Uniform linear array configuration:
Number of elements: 12
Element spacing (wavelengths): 0.25
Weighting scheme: hamming
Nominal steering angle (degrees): -45
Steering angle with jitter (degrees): -44.157
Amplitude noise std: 0.05
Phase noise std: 0.05

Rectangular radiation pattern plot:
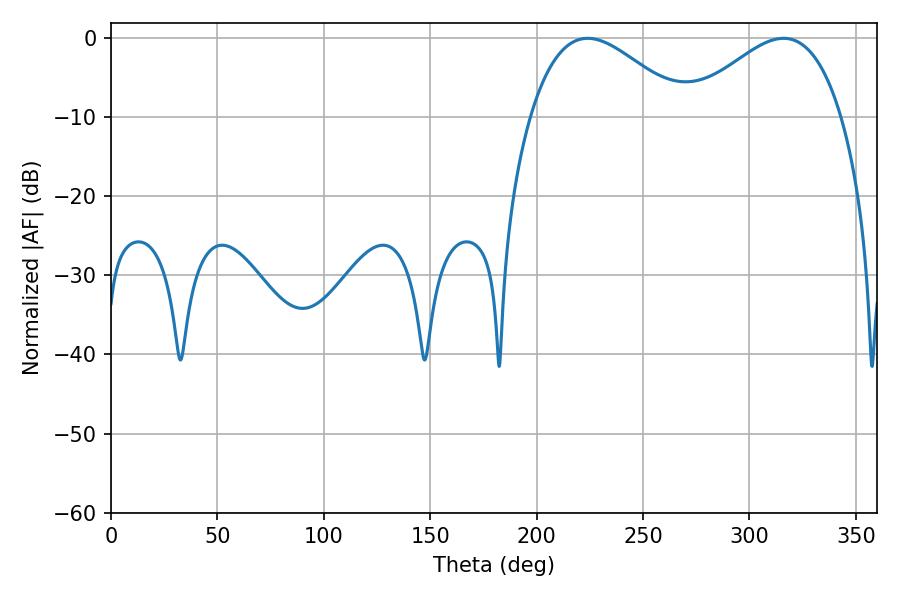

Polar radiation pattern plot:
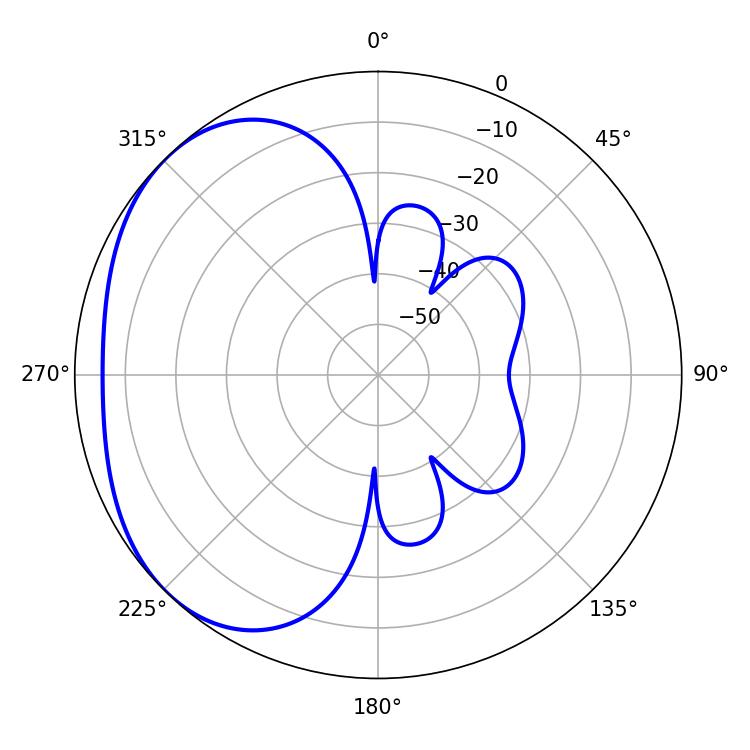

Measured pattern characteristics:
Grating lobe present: FALSE
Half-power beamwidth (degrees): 39.24
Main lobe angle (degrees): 223.92